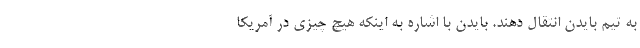
به تیم بایدن انتقال دهند. بایدن با اشاره به اینکه هیچ چیزی در آمریکا